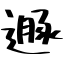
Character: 遯